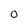
Character: 0